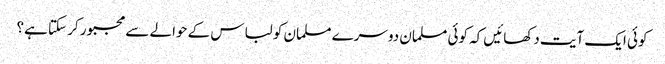
کوئی ایک آیت دکھائیں کہ کوئی مسلمان دوسرے مسلمان کو لباس کے حوالے سے مجبور کر سکتا ہے؟